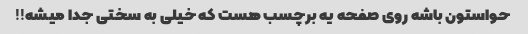
حواستون باشه روی صفحه یه برچسب هست که خیلی به سختی جدا میشه!!